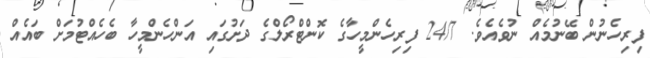
ފިރިހެނުން ބޭނުމެއް ނުވެއެވެ. 24/7 ފިރިހެންމީހާގެ ކޮންޓްރޯލްގެ ދަށުގައި އަންހެންމީހާ ބެހެއްޓުމަށް ބައެއް